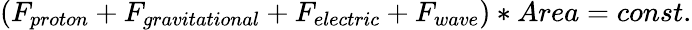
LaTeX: (F_{proton}+F_{gravitational}+F_{electric}+F_{wave})*Area=const.